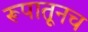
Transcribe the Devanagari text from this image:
रूपातूनच